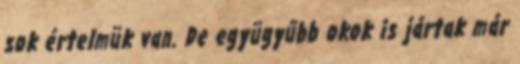
sok értelmük van. De együgyűbb okok is jártak már